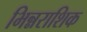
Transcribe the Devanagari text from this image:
भिन्नराशिक